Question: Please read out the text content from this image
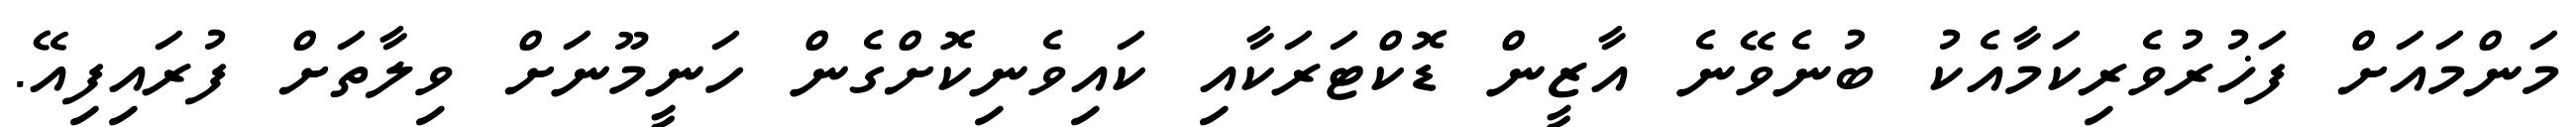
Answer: މަންމައަށް ފަޚުރުވެރިކަމާއެކު ބުނެވޭނެ އާޒީން ޑޮކްޓަރަކާއި ކައިވެނިކޮށްގެން ހަނީމޫނަށް ވިލާތަށް ފުރައިފިއޭ.